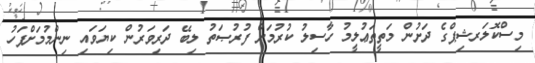
މިސްކޮލަރޝިޕްގެ ދަށުން މަތީތަޢުލީމު ހާސިލު ކުރުމަށް ފުރުޞަތު ލިބޭ ދަރިވަރުން ކިޔަވައި ނިންމުމަށްފަހު